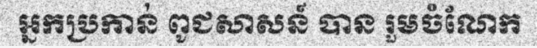
អ្នកប្រកាន់ ពូជសាសន៍ បាន រួមចំណែក